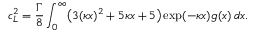
c _ { L } ^ { 2 } = \frac { \Gamma } { 8 } \int _ { 0 } ^ { \infty } \bigl ( 3 ( \kappa x ) ^ { 2 } + 5 \kappa x + 5 \bigr ) \exp ( - \kappa x ) g ( x ) \, d x .